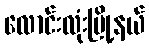
လောင်းလုံးမြို့နယ်